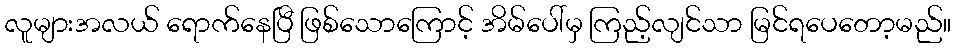
လူများအလယ် ရောက်နေပြီ ဖြစ်သောကြောင့် အိမ်ပေါ်မှ ကြည့်လျင်သာ မြင်ရပေတော့မည်။